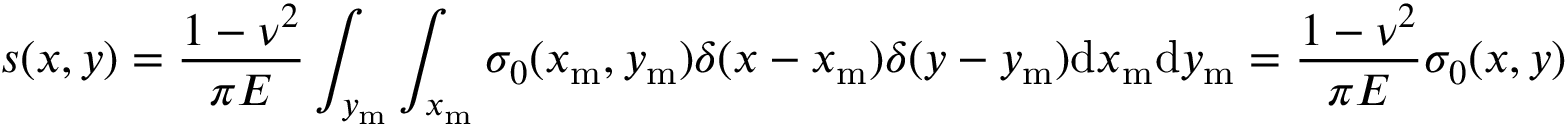
s ( x , y ) = \frac { 1 - \nu ^ { 2 } } { \pi E } \int _ { y _ { \mathrm { m } } } \int _ { x _ { \mathrm { m } } } \sigma _ { 0 } ( x _ { \mathrm { m } } , y _ { \mathrm { m } } ) \delta ( x - x _ { \mathrm { m } } ) \delta ( y - y _ { \mathrm { m } } ) \mathrm { d } x _ { \mathrm { m } } \mathrm { d } y _ { \mathrm { m } } = \frac { 1 - \nu ^ { 2 } } { \pi E } \sigma _ { 0 } ( x , y )